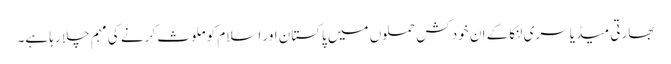
بھارتی میڈیا سری لنکا کے ان خود کش حملوں میں پاکستان اور اسلام کو ملوث کرنے کی مہم چلا رہا ہے۔